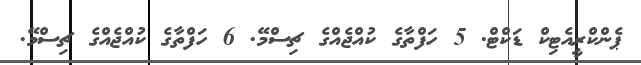
ޕެންކްރީއެޓިކް ޑަކްޓް. 5 ހަފްތާގެ ކުއްޖެއްގެ ޗިސްމޭ. 6 ހަފްތާގެ ކުއްޖެއްގެ ޗިސްމޭ.